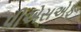
પીએસએફ